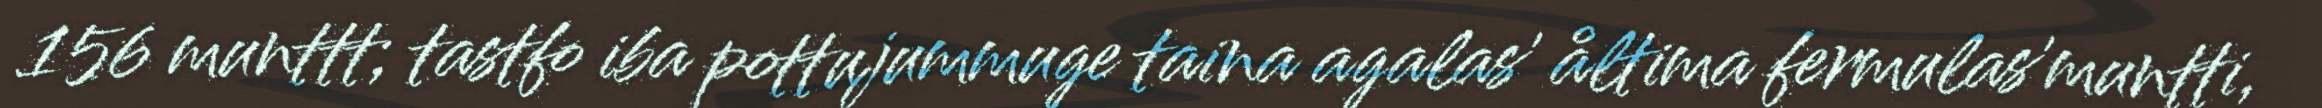
156 munttt; tastfo iba pottujummuge taina agalas' åltima fermulas'muntti,